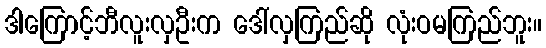
ဒါကြောင့်ဘီလူးလှဦးက ဒေါ်လှကြည်ဆို လုံးဝမကြည်ဘူး။